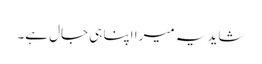
شاید یہ میرا اپنا ہی جال ہے۔